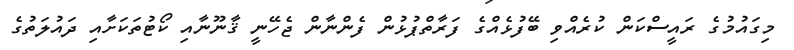
މިގައުމުގެ ރައީސްކަން ކުރެއްވި ބޭފުޅެއްގެ ފަރާތްޕުޅުން ފެންނާން ޖެހޭނީ ޤާނޫނާއި ކޯޓުތަކަށާއި ދައުލަތުގެ